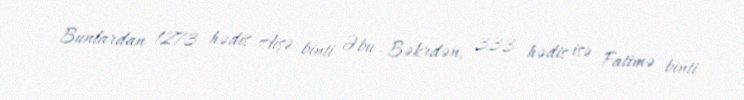
Bunlardan 1273 hədis Aişə binti Əbu Bəkrdən, 333 hədis isə Fatimə binti